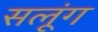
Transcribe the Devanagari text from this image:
सलूंग